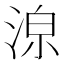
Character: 𱦸